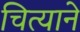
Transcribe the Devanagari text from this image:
चित्याने